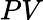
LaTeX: PV